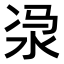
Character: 𣳆